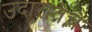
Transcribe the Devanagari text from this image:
उदारातेचे